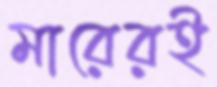
মারেরই